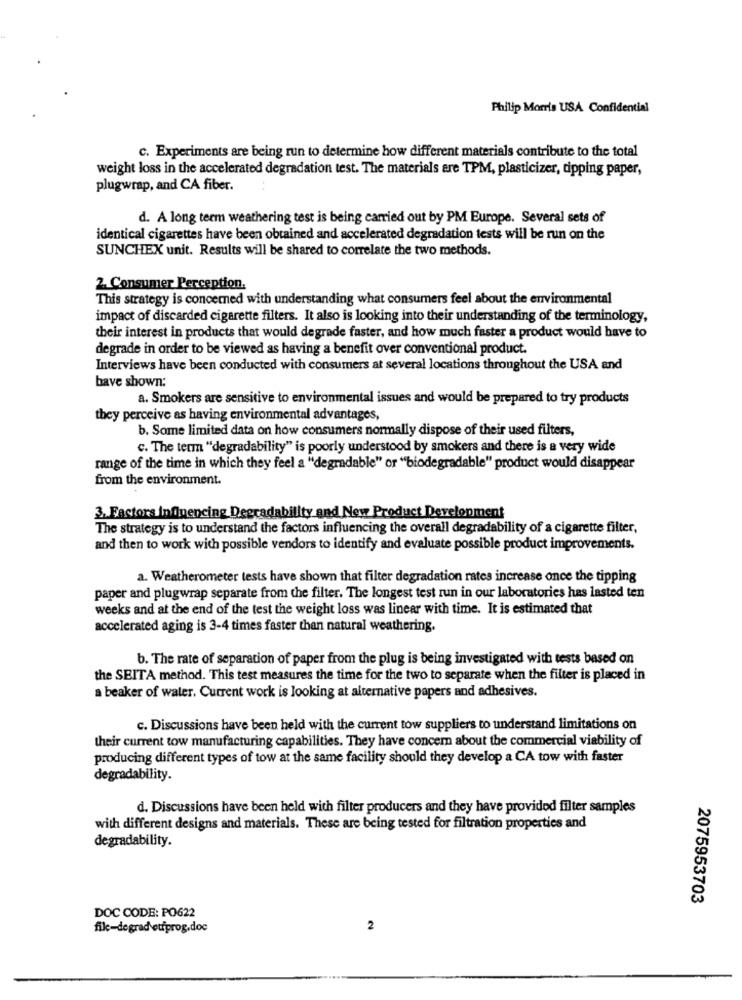
Philip Morris USA Confidential
c. Experiments are being run to determine how different materials contribute to the total
weight loss in the accelerated degradation test. The materials are TPM, plasticizer, tipping paper,
plugwrap, and CA fiber.
d. A long term weathering test is being carried out by PM Europe. Several sets of
identical cigarettes have been obtained and accelerated degradation tests will be run on the
SUNCHEX unit. Results will be shared to correlate the two methods.
2. Consumer Perception.
This strategy is concerned with understanding what consumers feel about the environmental
impact of discarded cigarette filters. It also is looking into their understanding of the terminology,
their interest in products that would degrade faster, and how much faster a product would have to
degrade in order to be viewed as having a benefit over conventional product.
Interviews have been conducted with consumers at several locations throughout the USA and
bave shown:
a. Smokers are sensitive to environmental issues and would be prepared to try products
they perceive as having environmental advantages,
b. Some limited data on how consumers normally dispose of their used filters,
c. The term "degradability" is poorly understood by smokers and there is a very wide
range of the time in which they feel a "degradable" or "biodegradable" product would disappear
from the environment.
3. Factors Influencing Degradability and New Product Development
The strategy is to understand the factors influencing the overall degradability of a cigarette filter,
and then to work with possible vendors to identify and evaluate possible product improvements.
a. Weatherometer tests have shown that filter degradation rates increase once the tipping
paper and plugwrap separate from the filter. The longest test run in our laboratories has lasted ten
weeks and at the end of the test the weight loss was linear with time. It is estimated that
accelerated aging is 3-4 times faster than natural weathering.
b. The rate of separation of paper from the plug is being investigated with tests based on
the SEITA method. This test measures the time for the two to separate when the filter is placed in
a beaker of water. Current work is looking at alternative papers and adhesives.
c. Discussions have been held with the current tow suppliers to understand limitations on
their current tow manufacturing capabilities. They have concern about the commercial viability of
producing different types of tow at the same facility should they develop a CA tow with faster
degradability.
d. Discussions have been held with filter producers and they have provided filter samples
with different designs and materials. These are being tested for filtration properties and
degradability.
2075953703
DOC CODE: PO622
fik-degrad etfprog.doc
2